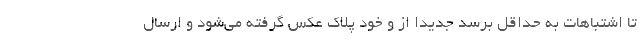
تا اشتباهات به حداقل برسد جدیدا از و خود پلاک عکس گرفته می‌شود و ارسال